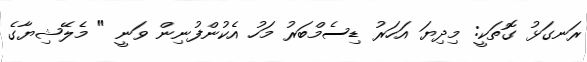
ރަނގަޅު ގޮތަކީ: މިދިޔަ އަހަރު ޑިސެމްބަރު މަހު އެކުންފުނިން ވަނީ " މެލޭޝިޔާގެ